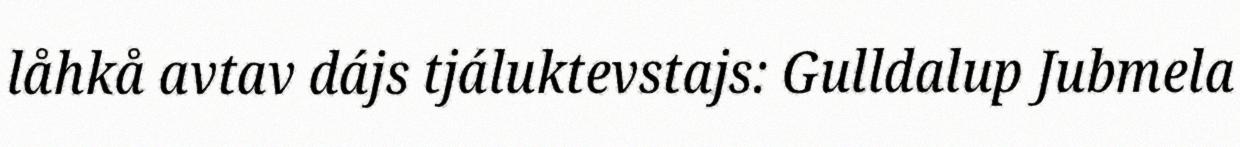
låhkå avtav dájs tjáluktevstajs: Gulldalup Jubmela